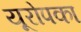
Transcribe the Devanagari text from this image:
यूरोपका